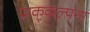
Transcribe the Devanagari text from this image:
प्राक्‌कल्पना